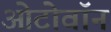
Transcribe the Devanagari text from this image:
ओटोवॉन